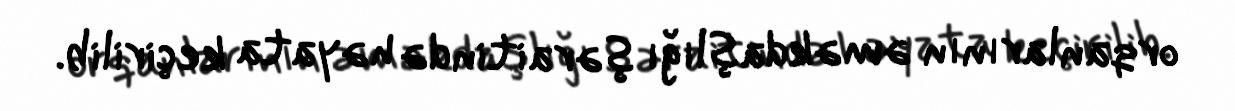
orqanlarının əməkdaşlığı şəraitində həyata keçirilib.